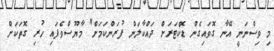
މި ވިސްނަނީ އޭނާ ގޮވައިގެން ޑޮކްޓަރަށް ދައްކާލަން ފުރަންކަމަށް" މާޔޫސްވެފައި ހުރި ގޮތަކަށް